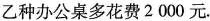
乙种办公桌多花费2000元。